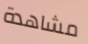
مشاهدة